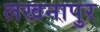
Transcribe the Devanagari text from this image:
लखनापुर